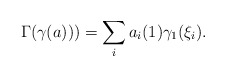
\begin{align*}\Gamma(\gamma(a)))=\sum_ia_i(1)\gamma_1(\xi_i).\end{align*}